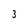
Character: 3